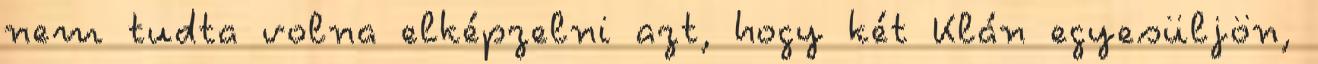
nem tudta volna elképzelni azt, hogy két Klán egyesüljön,